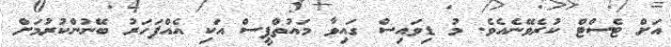
އަށް ޓެސްޓް ކުރެވޭނެއެވެ. މު ޑިވައިސް ގައިވާ މައުތްޕީީސް އަކި އެއްފަހަރު ބޭނުންކުރުމަށް